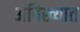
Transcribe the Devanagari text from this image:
अविख्यात